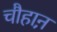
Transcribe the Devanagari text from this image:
चौहाऩ़